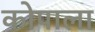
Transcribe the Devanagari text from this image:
कोपाला